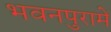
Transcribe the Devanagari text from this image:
भवनपुरामें